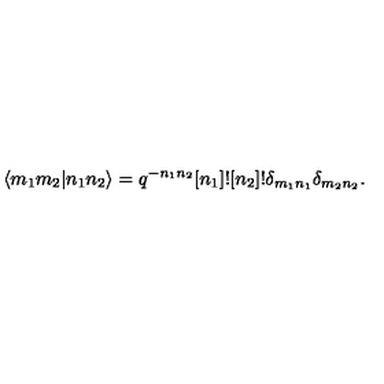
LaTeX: \langle m _ { 1 } m _ { 2 } \vert n _ { 1 } n _ { 2 } \rangle = q ^ { - n _ { 1 } n _ { 2 } } [ n _ { 1 } ] ! [ n _ { 2 } ] ! \delta _ { m _ { 1 } n _ { 1 } } \delta _ { m _ { 2 } n _ { 2 } } .